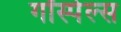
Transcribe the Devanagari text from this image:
गॉस्पेल्स